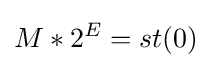
M*2^{E}=st(0)